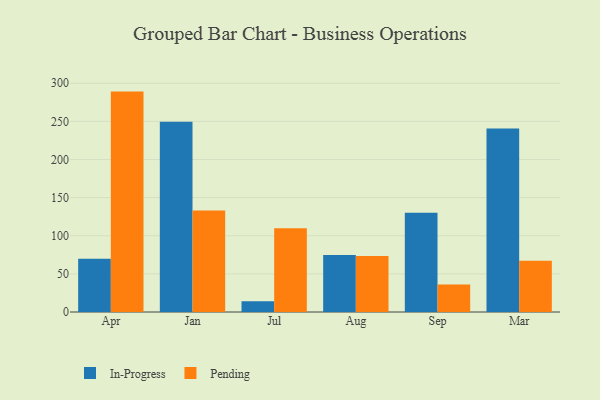
{"axis": {"x": "Month", "y": "Headcount"}, "legend": ["In-Progress", "Pending"], "data": [{"x": "Apr", "y": 69.9, "type": "In-Progress"}, {"x": "Apr", "y": 289.1, "type": "Pending"}, {"x": "Jan", "y": 249.6, "type": "In-Progress"}, {"x": "Jan", "y": 133.3, "type": "Pending"}, {"x": "Jul", "y": 14.2, "type": "In-Progress"}, {"x": "Jul", "y": 110.0, "type": "Pending"}, {"x": "Aug", "y": 74.9, "type": "In-Progress"}, {"x": "Aug", "y": 73.3, "type": "Pending"}, {"x": "Sep", "y": 130.2, "type": "In-Progress"}, {"x": "Sep", "y": 36.0, "type": "Pending"}, {"x": "Mar", "y": 240.6, "type": "In-Progress"}, {"x": "Mar", "y": 67.3, "type": "Pending"}]}